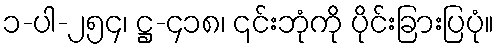
၁-ပါ-၂၅၄၊ ဋ္ဌ-၄၁၈၊ ၎င်းဘုံကို ပိုင်းခြားပြပုံ။